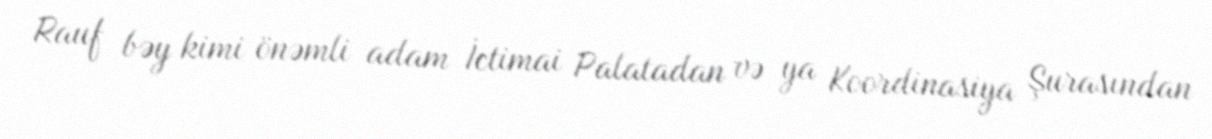
Rauf bəy kimi önəmli adam İctimai Palatadan və ya Koordinasiya Şurasından